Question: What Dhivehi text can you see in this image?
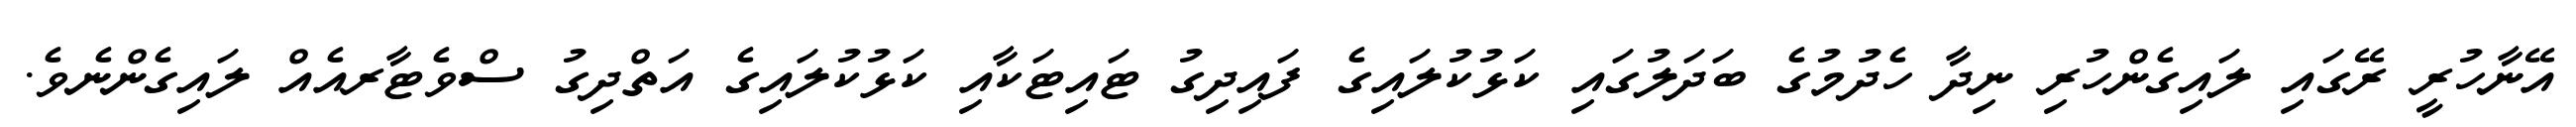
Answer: އޭނާހުރީ ރޭގައި ލައިގެންހުރި ނިދާ ހެދުމުގެ ބަދަލުގައި ކަޅުކުލައިގެ ފައިދިގު ޓައިޓަކާއި ކަޅުކުލައިގެ އަތްދިގު ސްވެޓާރއެއް ލައިގެންނެވެ.